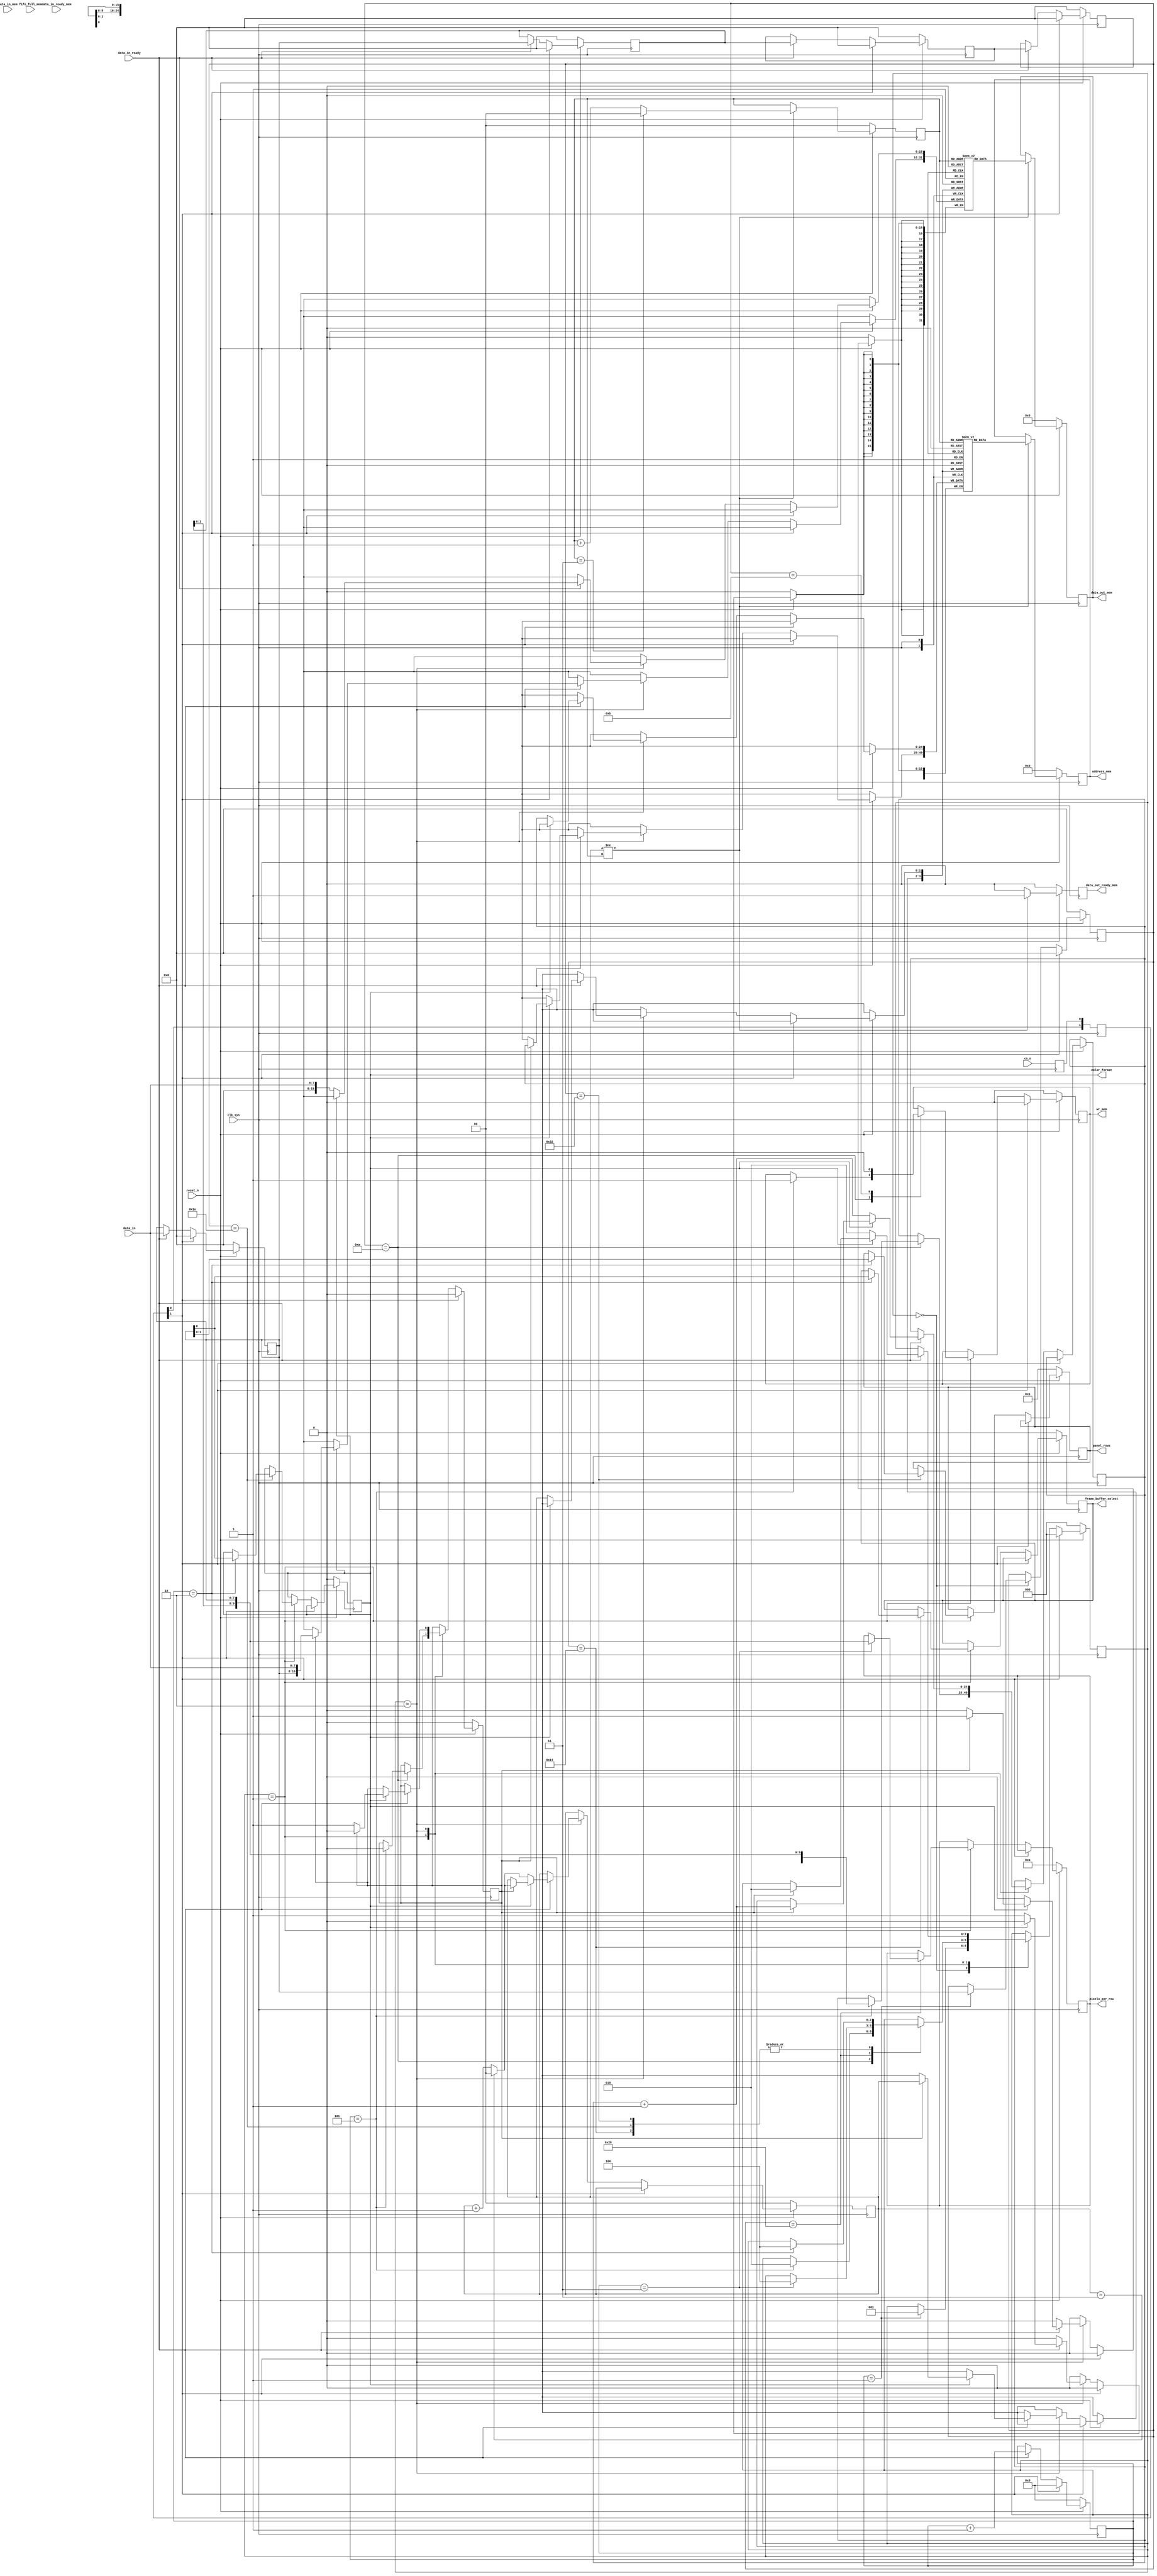
module device_controller
	#(
		parameter ADDRESS_WIDTH = 25,
		parameter DATA_WIDTH = 16
	)
	(
		// Clock IO
		clk_sys,
		
		// Data IO
		data_in,
		data_in_ready,
		
		// Memory interface
		address_mem,
		wr_mem,
		fifo_full_mem,
		data_in_mem,
		data_in_ready_mem,
		data_out_mem,
		data_out_ready_mem,
		
		// Register out
		frame_buffer_select,
		color_format,
		pixels_per_row,
		panel_rows,
		
		// General IO
		cs_n,
		reset_n
	);

input clk_sys;
input [7:0] data_in;
input data_in_ready;

output reg [ADDRESS_WIDTH - 1:0] address_mem;
output reg wr_mem;
input fifo_full_mem;
input [DATA_WIDTH - 1:0] data_in_mem;
input data_in_ready_mem;
output reg [DATA_WIDTH - 1:0] data_out_mem;
output reg data_out_ready_mem;

output reg frame_buffer_select;
output reg color_format;
output reg [9:0] pixels_per_row;
output reg [3:0] panel_rows;

input cs_n;
input reset_n;

// Define cs_n buffer
reg [2:0] cs_n_buffer;
reg cs_n_meta;
always @ (posedge clk_sys) cs_n_meta <= cs_n;
always @ (posedge clk_sys) cs_n_buffer <= { cs_n_buffer[1], cs_n_buffer[0], cs_n_meta };

// Define registers for data_in
reg [7:0] data_in_r [3:0];

// Data shift
always @ (posedge clk_sys) begin
	if(reset_n == 1'b0) begin
		data_in_r[0] <= 0;
		data_in_r[1] <= 0;
		data_in_r[2] <= 0;
		data_in_r[3] <= 0;
	end
	else begin
		if(cs_n_buffer[1]) begin
			data_in_r[0] <= 0;
			data_in_r[1] <= 0;
			data_in_r[2] <= 0;
			data_in_r[3] <= 0;
		end
		else begin
			if(data_in_ready == 1'b1) begin
				data_in_r[0] <= data_in;
				data_in_r[1] <= data_in_r[0];
				data_in_r[2] <= data_in_r[1];
				data_in_r[3] <= data_in_r[2];
			end
		end
	end
end

// bytes_rxd counter
reg [3:0] data_in_count;

// Define registers for variables
reg [2:0] state;
localparam [2:0] 
	IDLE = 0,
	CMD_RXD = 1,
	CMD_WRITE_DATA = 2,
	CMD_READ_DATA = 3,
	CMD_DONE = 4;
	
// Define commands
localparam [7:0]
		CMD_WRITE = 10,
		CMD_READ = 11,
		CMD_FLIP = 20,
		CMD_COLOR_FORMAT = 30,
		CMD_PIXELS_PER_ROW = 40,
		CMD_PANEL_ROWS = 50;

// Define cmd register
reg [7:0] cmd;

// Define address output
reg [ADDRESS_WIDTH - 1:0] address_in;
reg [ADDRESS_WIDTH - 1:0] address_out_fifo [3:0];
reg [DATA_WIDTH - 1:0] data_out_fifo [3:0];
reg [1:0] head_out;

// Define high_low
reg high_low;

always @ (posedge clk_sys) begin
	if (reset_n == 1'b0) begin
		state <= IDLE;
		cmd <= 0;
		head_out <= 0;
		wr_mem <= 1'b0;
		data_in_count <= 0;
		frame_buffer_select <= 1'b0;
		color_format <= 1'b0;
		pixels_per_row <= 8'd10;
		panel_rows <= 1;
		high_low <= 1'b0;
	end
	else begin
		if (cs_n_buffer[1]) begin
			state <= IDLE;
			cmd <= 0;
			wr_mem <= 1'b0;
			data_in_count <= 0;
			high_low <= 1'b0;
		end
		else begin
			if(data_in_ready == 1'b1)
				data_in_count <= data_in_count  + 1;
				
			case (state)
				IDLE : begin
					if(data_in_count == 1) begin
						state <= CMD_RXD;
						cmd <= data_in_r[0];
					end
				end
				
				CMD_RXD: begin
					case(cmd)
						CMD_WRITE: begin
							if(data_in_count == 5) begin
								address_in <= {data_in_r[3], data_in_r[2], data_in_r[1], data_in_r[0]};
								state <= CMD_WRITE_DATA;
								high_low <= 1'b0;
								wr_mem <= 1'b1;
							end
						end
						
						CMD_READ: begin
							wr_mem <= 1'b0;
						end
						
						CMD_FLIP: begin
							if(data_in_count == 2) begin
								frame_buffer_select <= data_in_r[0][0];
								state <= CMD_DONE;
							end
						end
						
						CMD_COLOR_FORMAT : begin
							if(data_in_count == 2) begin
								color_format <= data_in_r[0][0];
								state <= CMD_DONE;
							end
						end
						
						CMD_PIXELS_PER_ROW : begin
							if(data_in_count == 3) begin
								pixels_per_row <= {data_in_r[1][2:0], data_in_r[0]};
								state <= CMD_DONE;
							end
						end
						
						CMD_PANEL_ROWS : begin
							if(data_in_count == 2) begin
								panel_rows <= data_in_r[0][3:0];
								state <= CMD_DONE;
							end
						end
					endcase
				end
				
				CMD_WRITE_DATA : begin
					if(data_in_ready == 1'b1) begin
						if(color_format == 1'b0) begin
							address_out_fifo[head_out] <= address_in;
							address_in <= address_in + 1;
							data_out_fifo[head_out] <= {8'd0, data_in};
							head_out <= head_out == 3 ? 0 : head_out + 1;
							state <= CMD_WRITE_DATA;
						end
						else begin
							if(high_low) begin
								high_low <= 1'b0;
								address_out_fifo[head_out] <= address_in;
								address_in <= address_in + 1;
								data_out_fifo[head_out] <= {data_in_r[0], data_in};
								head_out <= head_out == 3 ? 0 : head_out + 1;
								state <= CMD_WRITE_DATA;
								high_low <= 1'b0;
							end
							else begin
								high_low <= 1'b1;
							end	
						end
					end
				end
				
				CMD_DONE : begin
					//Do nothing wait for CS to assert high
				end
			endcase
		end
	end
end

// FIFO out
reg [1:0] tail_out;

// Memory FIFO interface
always @ (posedge clk_sys) begin
	if(reset_n == 1'b0) begin
		tail_out <= 0;
		data_out_ready_mem <= 1'b0;
		address_mem <= 0;
		data_out_mem <= 0;
	end
	else begin
		if(head_out != tail_out) begin
			address_mem <= address_out_fifo[tail_out];
			data_out_mem <= data_out_fifo[tail_out];
			
			tail_out <= tail_out == 3 ? 0 : tail_out + 1;
			data_out_ready_mem <= 1'b1;
		end
		else begin
			data_out_ready_mem <= 1'b0;
		end
	end
end

endmodule